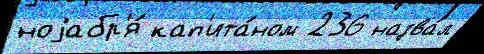
ноjабр'я́ кап'ита́ном 236 назва́л